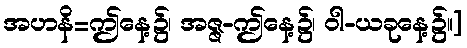
အဟနိ=ဤနေ့၌၊ အဇ္ဇ-ဤနေ့၌၊ ဝါ-ယခုနေ့၌။]